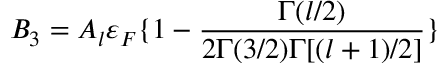
B _ { 3 } = A _ { l } \varepsilon _ { F } \{ 1 - \frac { \Gamma ( l / 2 ) } { 2 \Gamma ( 3 / 2 ) \Gamma [ ( l + 1 ) / 2 ] } \}